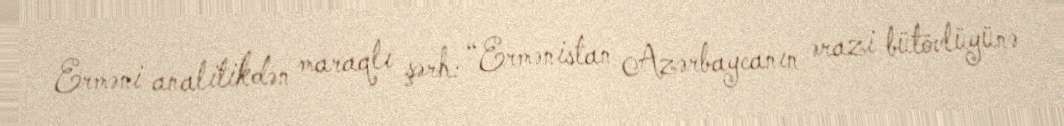
Erməni analitikdən maraqlı şərh: “Ermənistan Azərbaycanın ərazi bütövlüyünə